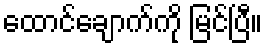
ထောင်ချောက်ကို မြင်ပြီ။